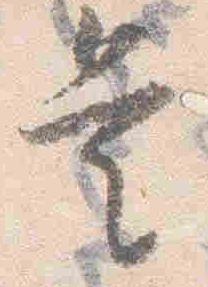
是